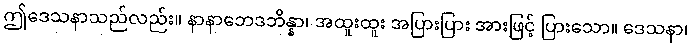
ဤဒေသနာသည်လည်း။ နာနာဘေဒဘိန္နာ၊ အထူးထူး အပြားပြား အားဖြင့် ပြားသော။ ဒေသနာ၊